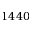
1 4 4 0